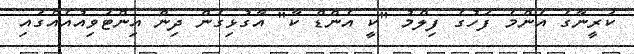
ކަރީނާގެ އެންމެ ފަހުގެ ފިލްމު "ކީ އެންޑް ކާ" އާގުޅިގެން ދިން އިންޓަވިއުއެއްގައި